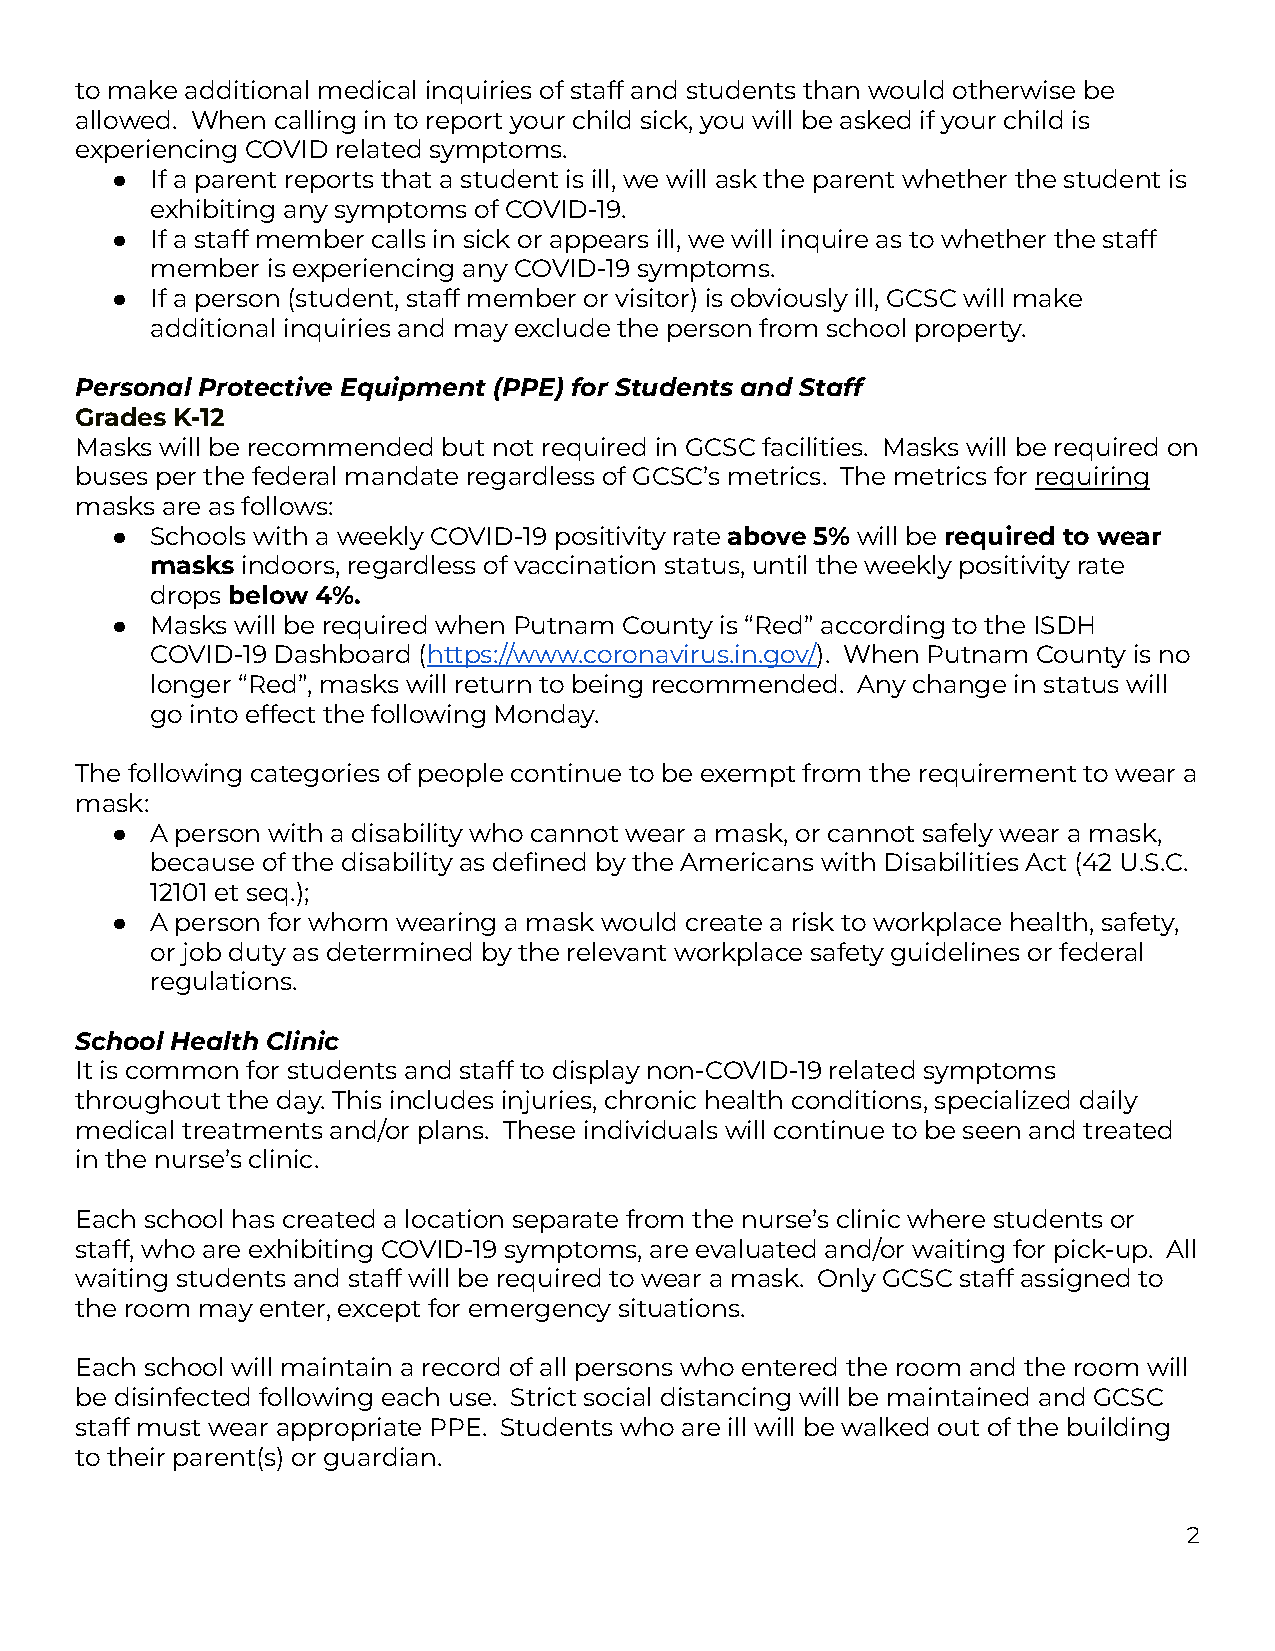
to make additional medical inquiries of staff and students than would otherwise be
 allowed. When calling in to report your child sick, you will be asked if your child is
 experiencing COVID related symptoms.
 ●  If a parent reports that a student is ill, we will ask the parent whether the student is
 exhibiting any symptoms of COVID-19.
 ●  If a staff member calls in sick or appears ill, we will inquire as to whether the staff
 member  is experiencing any COVID-19 symptoms.
 ●  If a person (student, staff member or visitor) is obviously ill, GCSC will make
 additional inquiries and may exclude the person from school property.
 Personal Protective Equipment (PPE) for Students and Staff
 Grades K-12
 Masks will be recommended but not required in GCSC facilities. Masks will be required on
 buses per the federal mandate regardless of GCSC’s metrics. The metrics for requiring
 masks are as follows:
 ●  Schools with a weekly COVID-19 positivity rate above 5% will be required to wear
 masks indoors, regardless of vaccination status, until the weekly positivity rate
 drops below 4%.
 ●  Masks will be required when Putnam County is “Red” according to the ISDH
 COVID-19 Dashboard (https://www.coronavirus.in.gov/). When Putnam County is no
 longer “Red”, masks will return to being recommended. Any change in status will
 go into effect the following Monday.
 The following categories of people continue to be exempt from the requirement to wear a
 mask:
 ●  A person with a disability who cannot wear a mask, or cannot safely wear a mask,
 because of the disability as defined by the Americans with Disabilities Act (42 U.S.C.
 12101 et seq.);
 ●  A person for whom wearing a mask would create a risk to workplace health, safety,
 or job duty as determined by the relevant workplace safety guidelines or federal
 regulations.
 School Health Clinic
 It is common for students and staff to display non-COVID-19 related symptoms
 throughout the day. This includes injuries, chronic health conditions, specialized daily
 medical treatments and/or plans. These individuals will continue to be seen and treated
 in the nurse’s clinic.
 Each school has created a location separate from the nurse’s clinic where students or
 staff, who are exhibiting COVID-19 symptoms, are evaluated and/or waiting for pick-up. All
 waiting students and staff will be required to wear a mask. Only GCSC staff assigned to
 the room may enter, except for emergency situations.
 Each school will maintain a record of all persons who entered the room and the room will
 be disinfected following each use. Strict social distancing will be maintained and GCSC
 staff must wear appropriate PPE. Students who are ill will be walked out of the building
 to their parent(s) or guardian.
 2